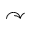
\curvearrowright